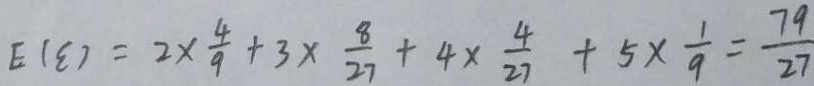
E ( \xi ) = 2 \times \frac { 4 } { 9 } + 3 \times \frac { 8 } { 2 7 } + 4 \times \frac { 4 } { 2 7 } + 5 \times \frac { 1 } { 9 } = \frac { 7 9 } { 2 7 }